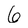
Character: 6